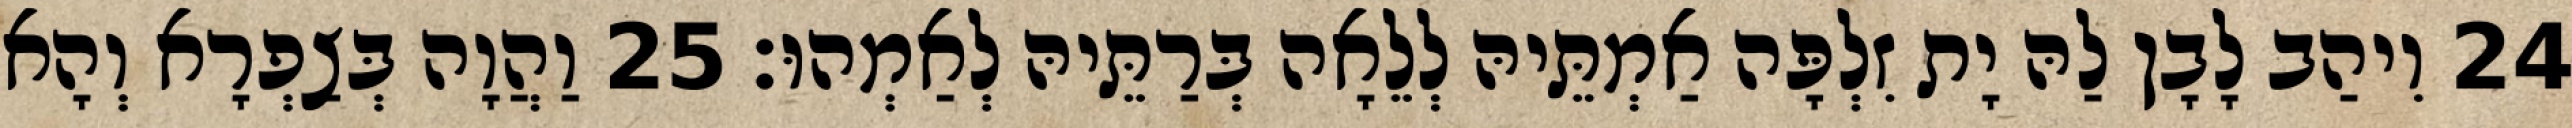
24 וִיהַב לָבָן לַהּ יָת זִלְפָּה אַמְתֵּיהּ לְלֵאָה בְּרַתֵּיהּ לְאַמְהוּ׃ 25 וַהֲוָה בְּצַפְרָא וְהָא